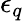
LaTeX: \epsilon_{q}